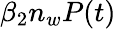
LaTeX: \beta_{2}n_{w}P(t)